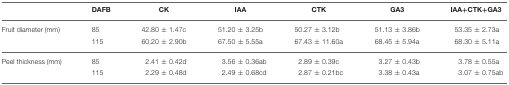
|  | DAFB | CK | IAA | CTK | GA3 | IAA+CTK+GA3 |
 | --- | --- | --- | --- | --- | --- | --- |
 | Fruit diameter (mm) | 85 | 42.80 ± 1.47c | 51.20 ± 3.25b | 50.27 ± 3.12b | 51.13 ± 3.86b | 53.35 ± 2.73a |
 |  | 115 | 60.20 ± 2.90b | 67.50 ± 5.55a | 67.43 ± 11.60a | 68.45 ± 5.94a | 68.30 ± 5.11a |
 | Peel thickness (mm) | 85 | 2.41 ± 0.42d | 3.56 ± 0.36ab | 2.89 ± 0.39c | 3.27 ± 0.43b | 3.78 ± 0.55a |
 |  | 115 | 2.29 ± 0.48d | 2.49 ± 0.68cd | 2.87 ± 0.21bc | 3.38 ± 0.43a | 3.07 ± 0.75ab |